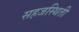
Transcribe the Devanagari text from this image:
सहजस्थिती